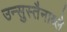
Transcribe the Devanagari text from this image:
उन्सुस्तैनाब्ले